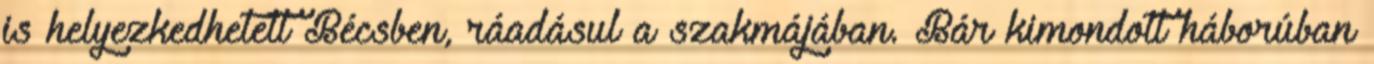
is helyezkedhetett Bécsben, ráadásul a szakmájában. Bár kimondott háborúban